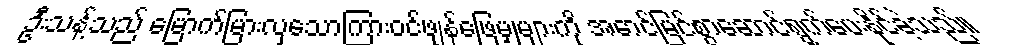
ဦးသန့်သည် မြောက်မြားလှသောကြားဝင်ဖျန်ဖြေမှုများကို အောင်မြင်စွာဆောင်ရွက်ပေးနိုင်ခဲ့သည်။